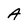
Character: A